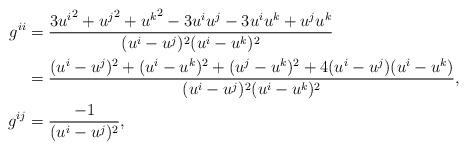
LaTeX: \begin{align*} g^{ii} & = \frac{3{u^i}^2+{u^j}^2+{u^k}^2 -3u^iu^j-3u^iu^k+u^ju^k} {(u^i-u^j)^2(u^i-u^k)^2} \\ & = \frac{(u^i-u^j)^2 + (u^i-u^k)^2 + (u^j-u^k)^2 +4(u^i-u^j)(u^i-u^k)}{(u^i-u^j)^2(u^i-u^k)^2}, \\ g^{ij} & = \frac{-1}{(u^i-u^j)^2},\end{align*}